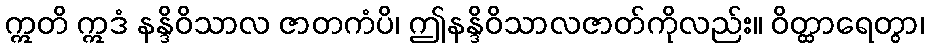
ဣတိ ဣဒံ နန္ဒိဝိသာလ ဇာတကံပိ၊ ဤနန္ဒိဝိသာလဇာတ်ကိုလည်း။ ဝိတ္ထာရေတွာ၊